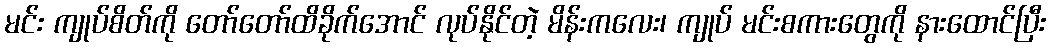
မင်း ကျုပ်စိတ်ကို တော်တော်ထိခိုက်အောင် လုပ်နိုင်တဲ့ မိန်းကလေး၊ ကျုပ် မင်းစကားတွေကို နားထောင်ပြီး